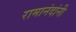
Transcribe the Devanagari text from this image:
रामानंदांनी